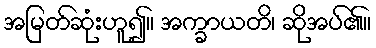
အမြတ်ဆုံးဟူ၍။ အက္ခာယတိ၊ ဆိုအပ်၏။